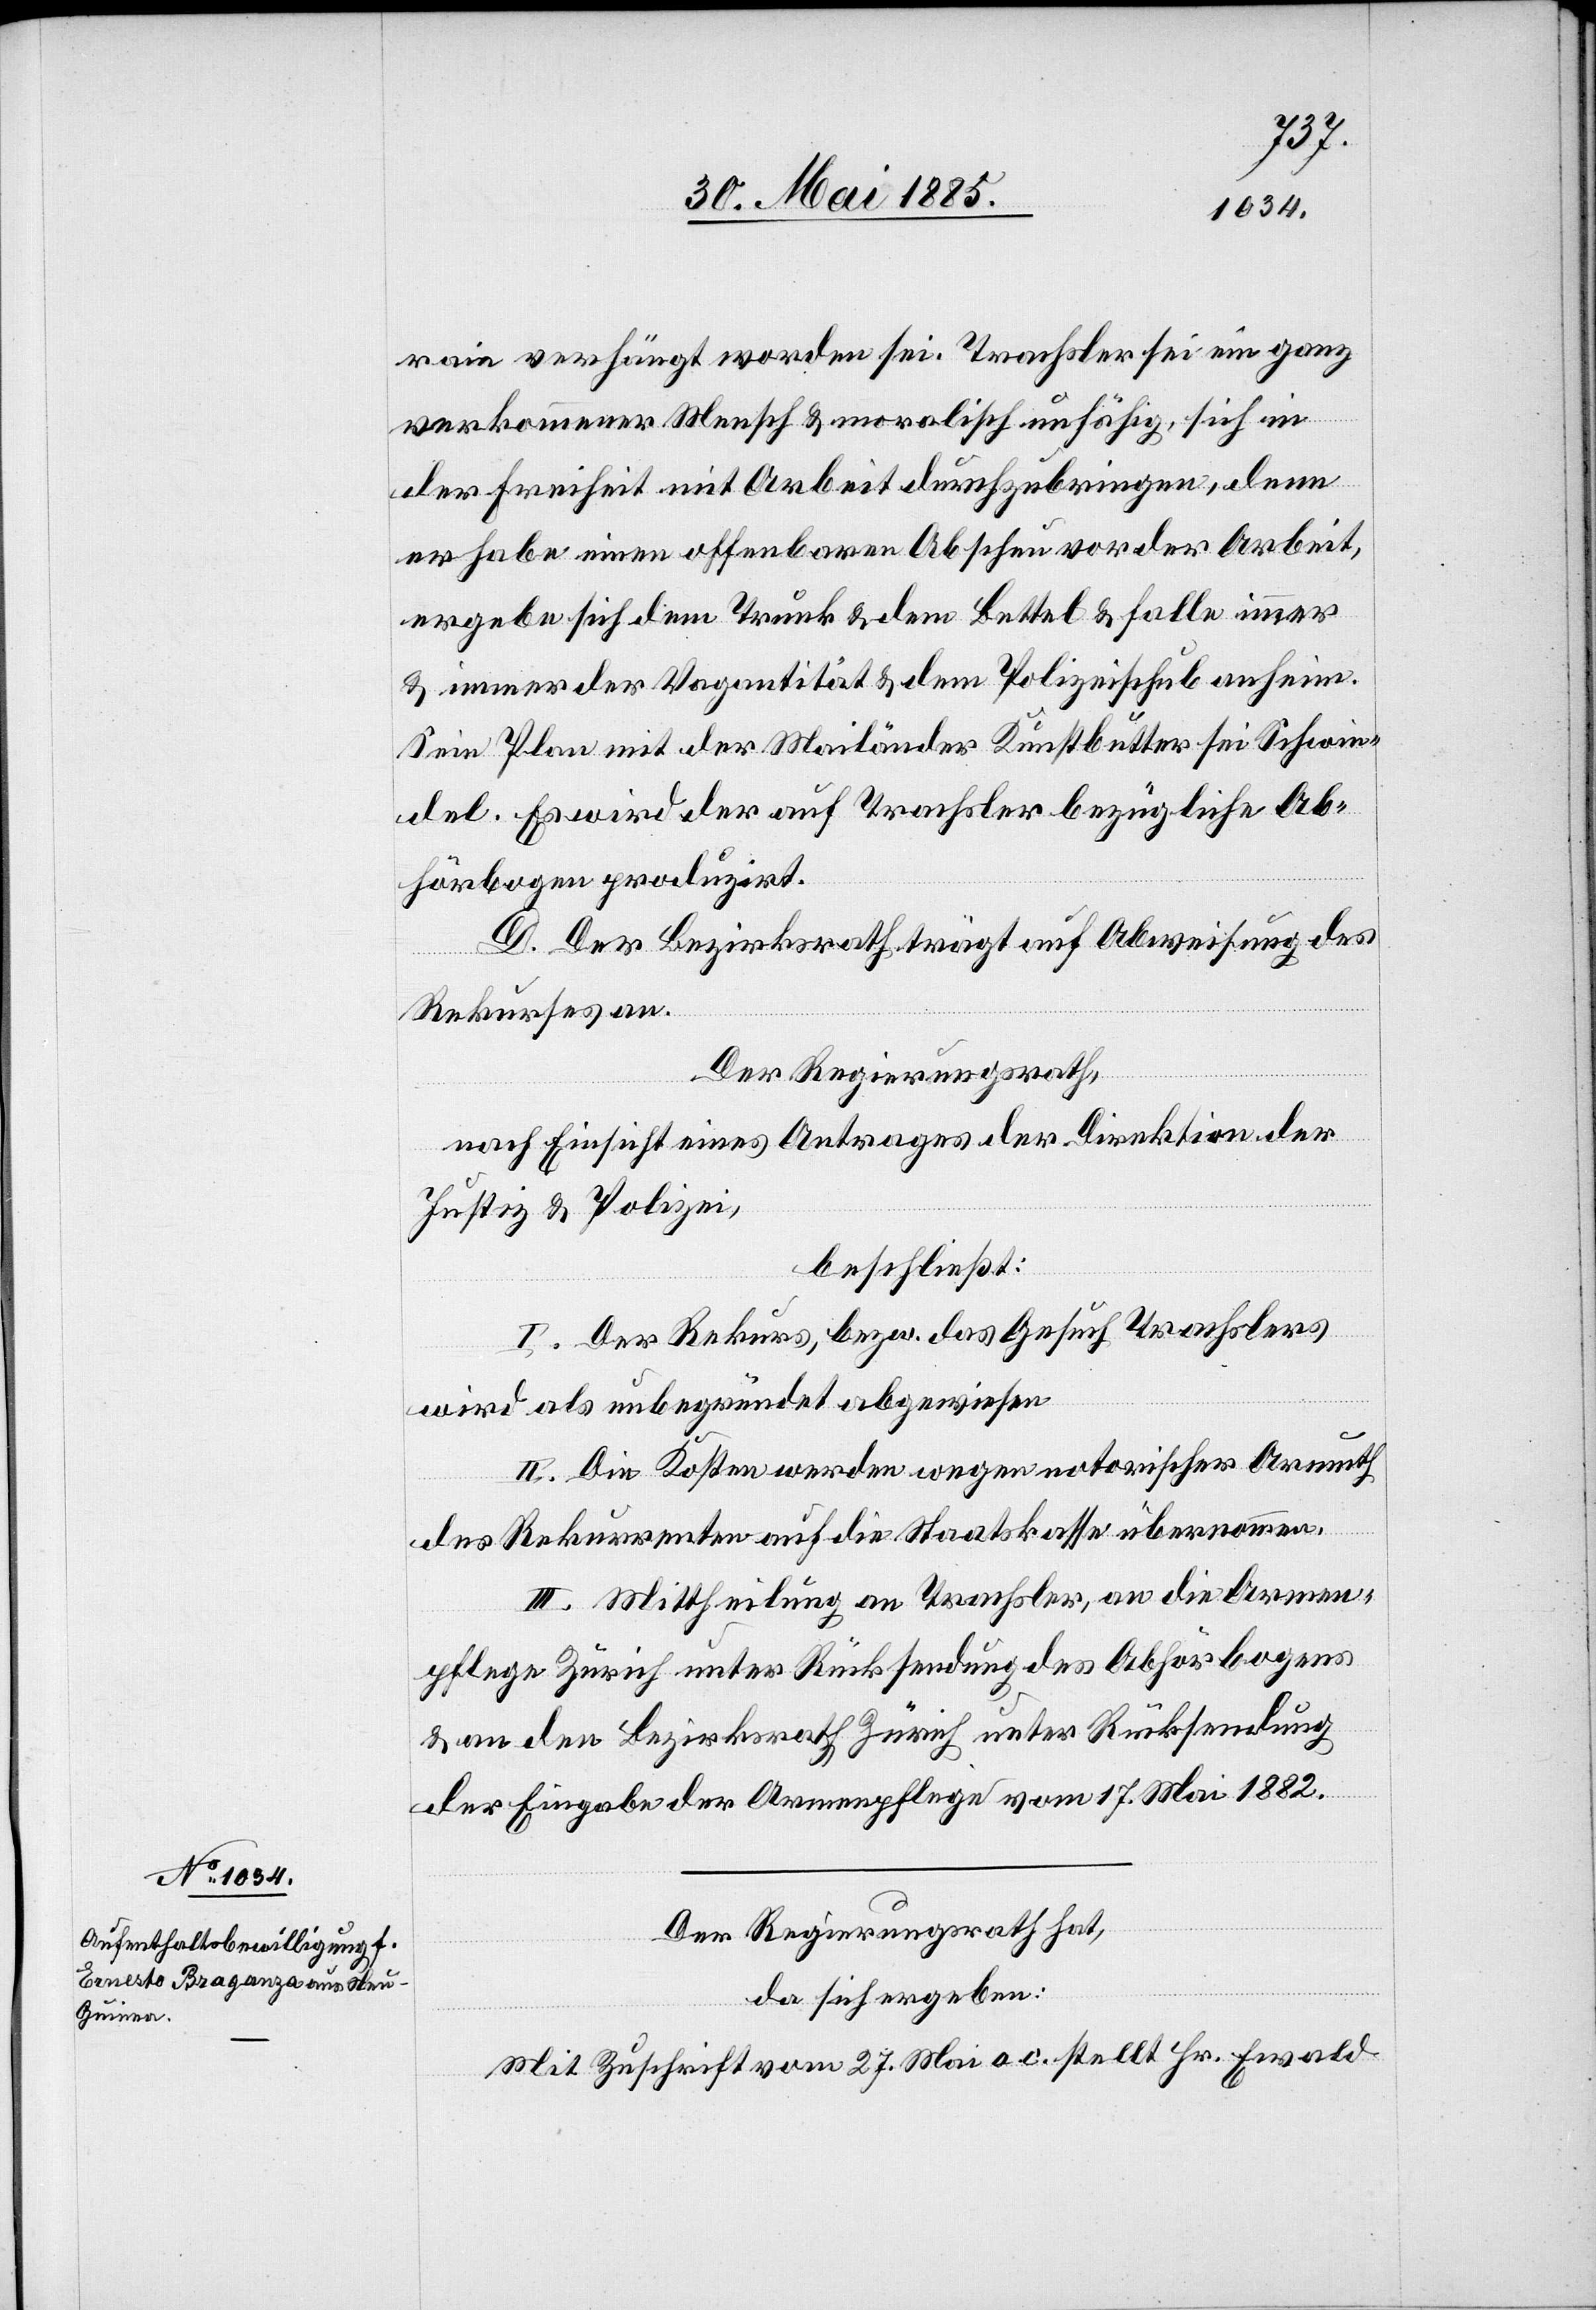
rain verhängt worden sei. Trachsler sei ein ganz
verkommener Mensch & moralisch unfähig, sich in
der Freiheit mit Arbeit durchzubringen, denn
er habe einen offenbaren Abscheu vor der Arbeit,
ergebe sich dem Trunk & dem Bettel & falle immer
& immer der Vagantität & dem Polizeischub anheim.
Sein Plan mit der Mailänder Kunstbutter sei Schwin¬
del. Es wird der auf Trachsler bezügliche Ab¬
hörbogen produzirt.
D. Der Bezirksrath trägt auf Abweisung des
Rekurses an.
Der Regierungsrath,
nach Einsicht eines Antrages der Direktion der
Justiz & Polizei,
beschließt:
I. Der Rekurs, bezw. das Gesuch Trachslers
wird als unbegründet abgewiesen.
II. Die Kosten werden wegen notorischer Armuth
des Rekurrenten auf die Staatskasse übernommen.
III. Mittheilung an Trachsler, an die Armen¬
pflege Zürich unter Rücksendung des Abhörbogens
& an den Bezirksrath Zürich unter Rücksendung
der Eingabe der Armenpflege vom 17. Mai 1882.
Der Regierungsrath hat,
da sich ergeben:
Mit Zuschrift vom 27. Mai a. c. stellt Hr. Ewald